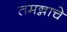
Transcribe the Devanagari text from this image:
तमन्नाचे